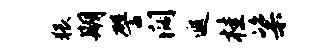
猥期譬阔遐桂粢